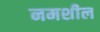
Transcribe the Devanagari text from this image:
नमशील